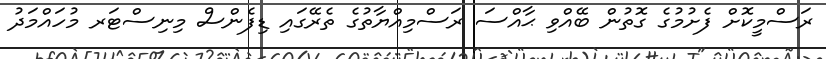
ރަސްމީކޮށް ފެށުމުގެ ގޮތުން ބޭއްވި ޙާއްސަ ރަސްމިއްޔާތުގެ ތެރޭގައި ޑިފެންސް މިނިސްޓަރ މުހައްމަދު